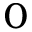
_ 0